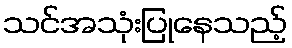
သင်အသုံးပြုနေသည့်